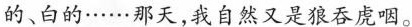
的、白的······那天,我自然又是狼吞虎咽。